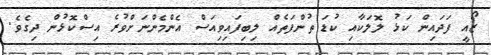
ޒޯއީ ފަދައިން ކަޅު ލޮލަކާއި ކުޑަ ތުންފަތެއް ލިބިފައިވިއަސް އެންމެންނަށްވުރެ އިސްކޮޅުން ދިގެވެ.